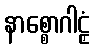
နာစ္စောဂါဠှံ